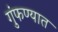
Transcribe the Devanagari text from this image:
गुंफण्यात